Indian journal of veterinary science and animal husbandry - Volume 4,
Year: 1934
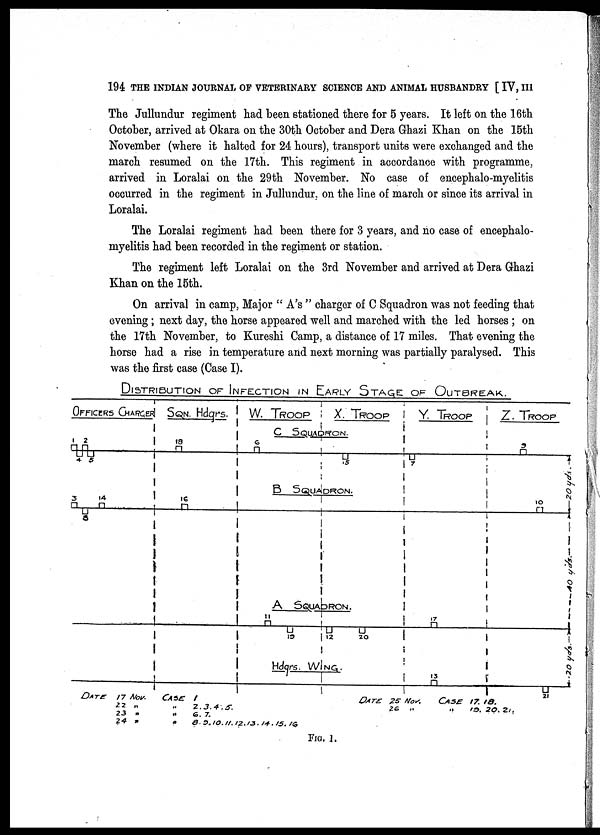
194 THE INDIAN JOURNAL OF VETERINARY SCIENCE AND ANIMAL HUSBANDRY [ IV, III
The Jullundur regiment had been stationed there for 5 years. It left on the 16th
October, arrived at Okara on the 30th October and Dera Ghazi Khan on the 15th
November (where it halted for 24 hours), transport units were exchanged and the
march resumed on the 17th. This regiment in accordance with programme,
arrived in Loralai on the 29th November. No case of encephalo-myelitis
occurred in the regiment in Jullundur, on the line of march or since its arrival in
Loralai.
The Loralai regiment had been there for 3 years, and no case of encephalo-
myelitis had been recorded in the regiment or station.
The regiment left Loralai on the 3rd November and arrived at Dera Ghazi
Khan on the 15th.
On arrival in camp, Major " A's " charger of C Squadron was not feeding that
evening ; next day, the horse appeared well and marched with the led horses ; on
the 17th November, to Kureshi Camp, a distance of 17 miles. That evening the
horse had a rise in temperature and next morning was partially paralysed. This
was the first case (Case I).
FIG. 1.